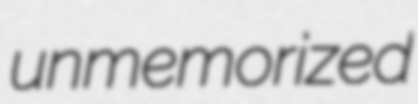
unmemorized